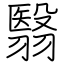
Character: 翳